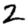
Digit: 2